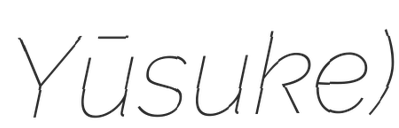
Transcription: Yūsuke)